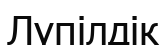
Лүпілдік